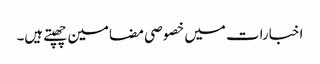
اخبارات میں خصوصی مضامین چھپتے ہیں۔